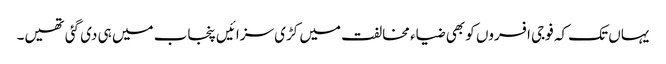
یہاں تک کہ فوجی افسروں کو بھی ضیاء مخالفت میں کڑی سزائیں پنجاب میں ہی دی گئی تھیں۔